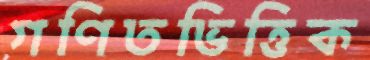
গণিতভিত্তিক